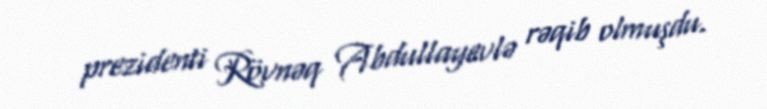
prezidenti Rövnəq Abdullayevlə rəqib olmuşdu.